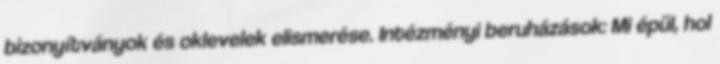
bizonyítványok és oklevelek elismerése. Intézményi beruházások: Mi épül, hol